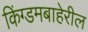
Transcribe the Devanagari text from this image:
किंग्डमबाहेरील